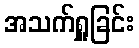
အသက်ရှူခြင်း